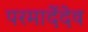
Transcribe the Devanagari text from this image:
परमार्देदेव